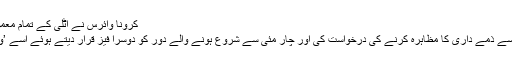
کرونا وائرس نے اٹلی کے تمام معمولاتِ زندگی کو متاثر کیا (اے ایف پی)
وزیر اعظم نے اپنے اعلان میں لوگوں سے ذمے داری کا مظاہرہ کرنے کی درخواست کی اور چار مئی سے شروع ہونے والے دور کو دوسرا فیز قرار دیتے ہوئے اسے ’وائرس کے ساتھ بقائے باہمی‘ کا نام دیا۔